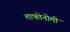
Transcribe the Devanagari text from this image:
ताफोनोमी